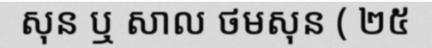
សុន ឬ សាល ថមសុន ( ២៥